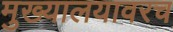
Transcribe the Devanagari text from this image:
मुख्यालयावरच